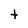
Character: t